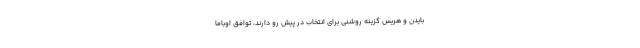
بایدن و هریس گزینه روشنی برای انتخاب در پیش رو دارند، توافق اوباما